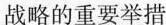
战略的重要举措